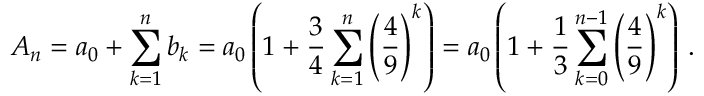
A _ { n } = a _ { 0 } + \sum _ { k = 1 } ^ { n } b _ { k } = a _ { 0 } \left( 1 + { \frac { 3 } { 4 } } \sum _ { k = 1 } ^ { n } \left( { \frac { 4 } { 9 } } \right) ^ { k } \right) = a _ { 0 } \left( 1 + { \frac { 1 } { 3 } } \sum _ { k = 0 } ^ { n - 1 } \left( { \frac { 4 } { 9 } } \right) ^ { k } \right) \, .